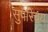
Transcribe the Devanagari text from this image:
सुपरिचय